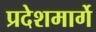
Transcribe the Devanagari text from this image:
प्रदेशमार्गे